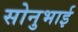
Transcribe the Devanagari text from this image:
सोनुभाई